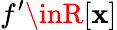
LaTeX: f^{\prime}\inR[\mathbf{x}]